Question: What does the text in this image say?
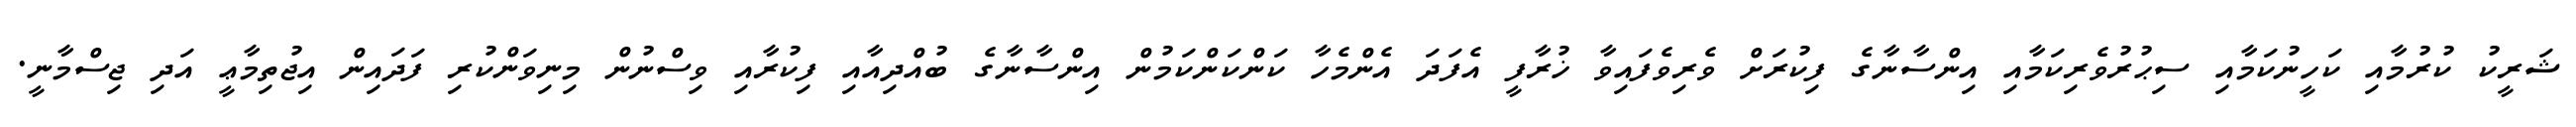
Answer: ޝަރީކު ކުރުމާއި ކަހީނުކަމާއި ސިޙުރުވެރިކަމާއި އިންސާނާގެ ފިކުރަށް ވެރިވެފައިވާ ޚުރާފީ އެފަދަ އެންމެހާ ކަންކަންކަމުން އިންސާނާގެ ބުއްދިއާއި ފިކުރާއި ވިސްނުން މިނިވަންކުރި ފަދައިން އިޖުތިމާޢީ އަދި ޖިސްމާނީ.